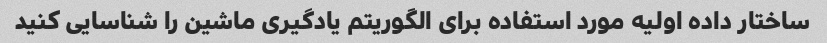
ساختار داده اولیه مورد استفاده برای الگوریتم یادگیری ماشین را شناسایی کنید